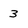
Character: 3